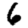
Digit: 6